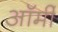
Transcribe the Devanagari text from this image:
ऑर्मी